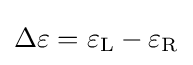
\Delta \varepsilon =\varepsilon _{\mathrm {L} }-\varepsilon _{\mathrm {R} }